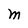
Character: M